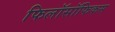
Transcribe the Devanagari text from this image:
फिलॉसॉफिकस